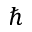
\hbar